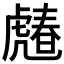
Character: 𧇶